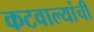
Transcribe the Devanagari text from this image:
कटवाल्यांची